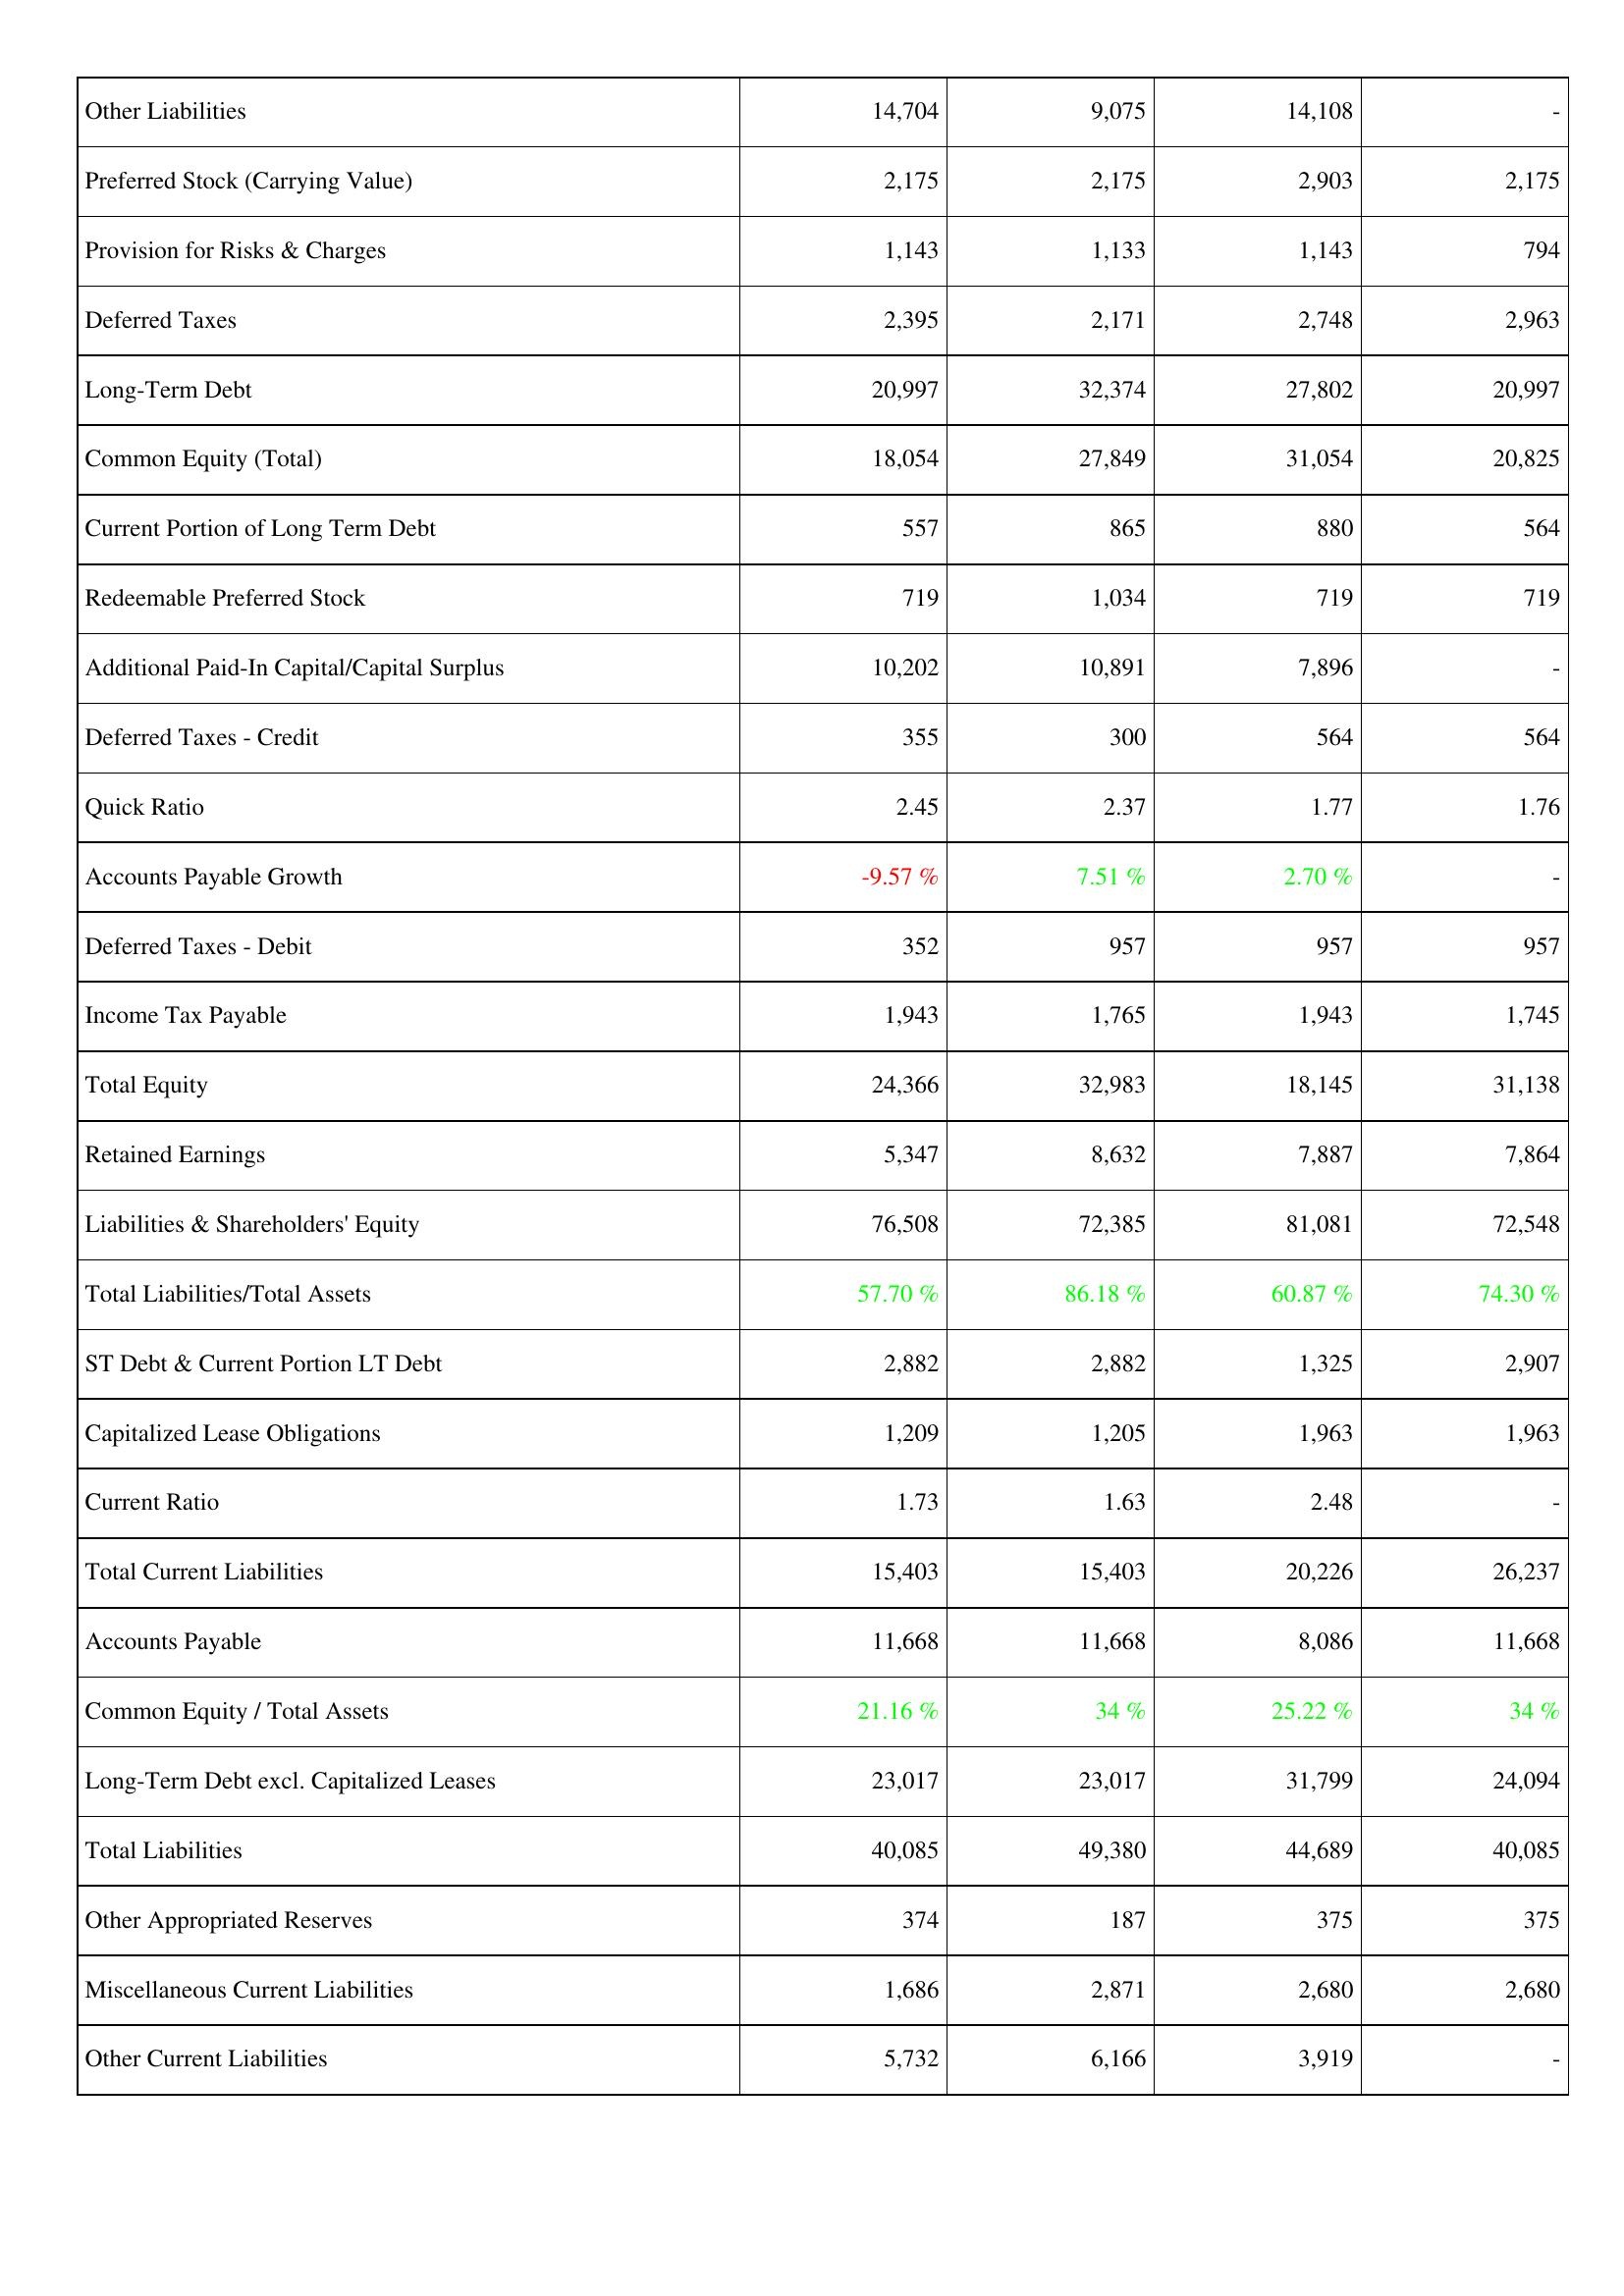
2014: Liabilities & Shareholders' Equity: Other Liabilities: 14,704
Preferred Stock (Carrying Value): 2,175
Provision for Risks & Charges: 1,143
Deferred Taxes: 2,395
Long-Term Debt: 20,997
Common Equity (Total): 18,054
Current Portion of Long Term Debt: 557
Redeemable Preferred Stock: 719
Additional Paid-In Capital/Capital Surplus: 10,202
Deferred Taxes - Credit: 355
Quick Ratio: 2.45
Accounts Payable Growth: -9.57 %
Deferred Taxes - Debit: 352
Income Tax Payable: 1,943
Total Equity: 24,366
Retained Earnings: 5,347
Liabilities & Shareholders' Equity: 76,508
Total Liabilities/Total Assets: 57.70 %
ST Debt & Current Portion LT Debt: 2,882
Capitalized Lease Obligations: 1,209
Current Ratio: 1.73
Total Current Liabilities: 15,403
Accounts Payable: 11,668
Common Equity / Total Assets: 21.16 %
Long-Term Debt excl. Capitalized Leases: 23,017
Total Liabilities: 40,085
Other Appropriated Reserves: 374
Miscellaneous Current Liabilities: 1,686
Other Current Liabilities: 5,732
2013: Liabilities & Shareholders' Equity: Other Liabilities: 9,075
Preferred Stock (Carrying Value): 2,175
Provision for Risks & Charges: 1,133
Deferred Taxes: 2,171
Long-Term Debt: 32,374
Common Equity (Total): 27,849
Current Portion of Long Term Debt: 865
Redeemable Preferred Stock: 1,034
Additional Paid-In Capital/Capital Surplus: 10,891
Deferred Taxes - Credit: 300
Quick Ratio: 2.37
Accounts Payable Growth: 7.51 %
Deferred Taxes - Debit: 957
Income Tax Payable: 1,765
Total Equity: 32,983
Retained Earnings: 8,632
Liabilities & Shareholders' Equity: 72,385
Total Liabilities/Total Assets: 86.18 %
ST Debt & Current Portion LT Debt: 2,882
Capitalized Lease Obligations: 1,205
Current Ratio: 1.63
Total Current Liabilities: 15,403
Accounts Payable: 11,668
Common Equity / Total Assets: 34 %
Long-Term Debt excl. Capitalized Leases: 23,017
Total Liabilities: 49,380
Other Appropriated Reserves: 187
Miscellaneous Current Liabilities: 2,871
Other Current Liabilities: 6,166
2012: Liabilities & Shareholders' Equity: Other Liabilities: 14,108
Preferred Stock (Carrying Value): 2,903
Provision for Risks & Charges: 1,143
Deferred Taxes: 2,748
Long-Term Debt: 27,802
Common Equity (Total): 31,054
Current Portion of Long Term Debt: 880
Redeemable Preferred Stock: 719
Additional Paid-In Capital/Capital Surplus: 7,896
Deferred Taxes - Credit: 564
Quick Ratio: 1.77
Accounts Payable Growth: 2.70 %
Deferred Taxes - Debit: 957
Income Tax Payable: 1,943
Total Equity: 18,145
Retained Earnings: 7,887
Liabilities & Shareholders' Equity: 81,081
Total Liabilities/Total Assets: 60.87 %
ST Debt & Current Portion LT Debt: 1,325
Capitalized Lease Obligations: 1,963
Current Ratio: 2.48
Total Current Liabilities: 20,226
Accounts Payable: 8,086
Common Equity / Total Assets: 25.22 %
Long-Term Debt excl. Capitalized Leases: 31,799
Total Liabilities: 44,689
Other Appropriated Reserves: 375
Miscellaneous Current Liabilities: 2,680
Other Current Liabilities: 3,919
2011: Liabilities & Shareholders' Equity: Other Liabilities: -
Preferred Stock (Carrying Value): 2,175
Provision for Risks & Charges: 794
Deferred Taxes: 2,963
Long-Term Debt: 20,997
Common Equity (Total): 20,825
Current Portion of Long Term Debt: 564
Redeemable Preferred Stock: 719
Additional Paid-In Capital/Capital Surplus: -
Deferred Taxes - Credit: 564
Quick Ratio: 1.76
Accounts Payable Growth: -
Deferred Taxes - Debit: 957
Income Tax Payable: 1,745
Total Equity: 31,138
Retained Earnings: 7,864
Liabilities & Shareholders' Equity: 72,548
Total Liabilities/Total Assets: 74.30 %
ST Debt & Current Portion LT Debt: 2,907
Capitalized Lease Obligations: 1,963
Current Ratio: -
Total Current Liabilities: 26,237
Accounts Payable: 11,668
Common Equity / Total Assets: 34 %
Long-Term Debt excl. Capitalized Leases: 24,094
Total Liabilities: 40,085
Other Appropriated Reserves: 375
Miscellaneous Current Liabilities: 2,680
Other Current Liabilities: -